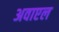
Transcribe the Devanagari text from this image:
अवाएल